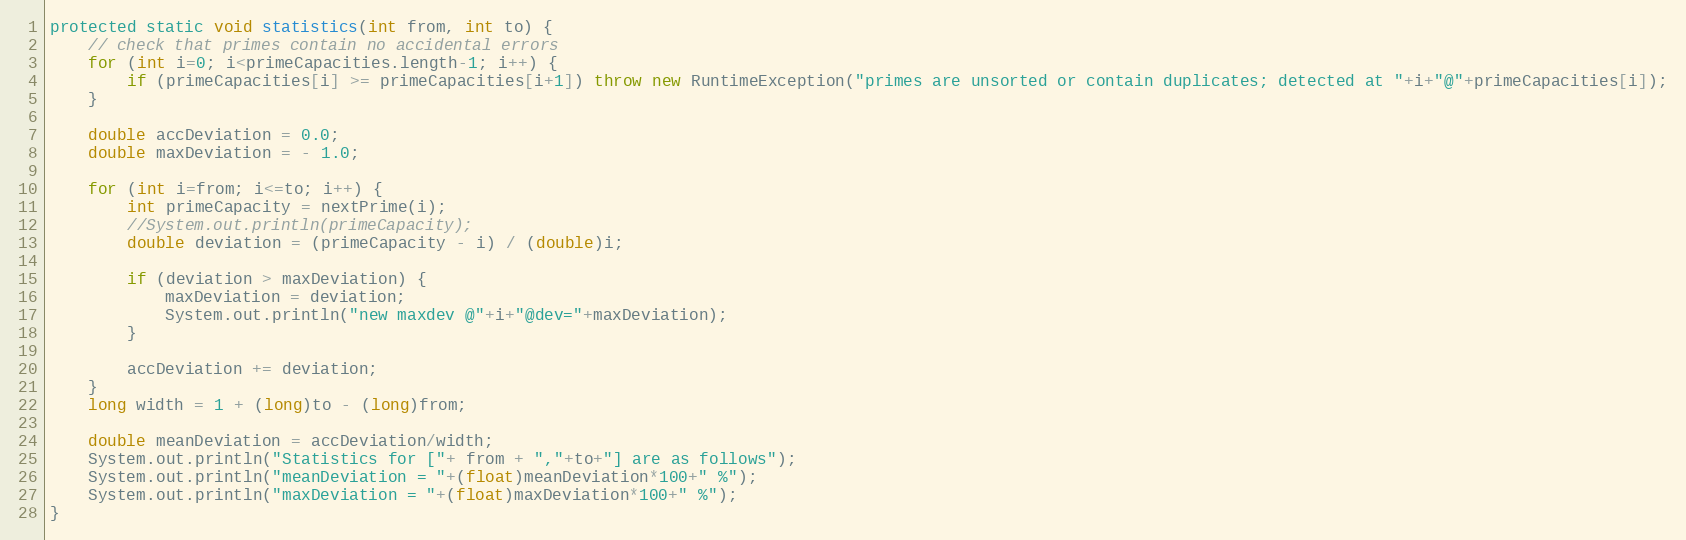
Language: Java
protected static void statistics(int from, int to) {
	// check that primes contain no accidental errors
	for (int i=0; i<primeCapacities.length-1; i++) {
		if (primeCapacities[i] >= primeCapacities[i+1]) throw new RuntimeException("primes are unsorted or contain duplicates; detected at "+i+"@"+primeCapacities[i]);
	}

	double accDeviation = 0.0;
	double maxDeviation = - 1.0;

	for (int i=from; i<=to; i++) {
		int primeCapacity = nextPrime(i);
		//System.out.println(primeCapacity);
		double deviation = (primeCapacity - i) / (double)i;

		if (deviation > maxDeviation) {
			maxDeviation = deviation;
			System.out.println("new maxdev @"+i+"@dev="+maxDeviation);
		}

		accDeviation += deviation;
	}
	long width = 1 + (long)to - (long)from;

	double meanDeviation = accDeviation/width;
	System.out.println("Statistics for ["+ from + ","+to+"] are as follows");
	System.out.println("meanDeviation = "+(float)meanDeviation*100+" %");
	System.out.println("maxDeviation = "+(float)maxDeviation*100+" %");
}